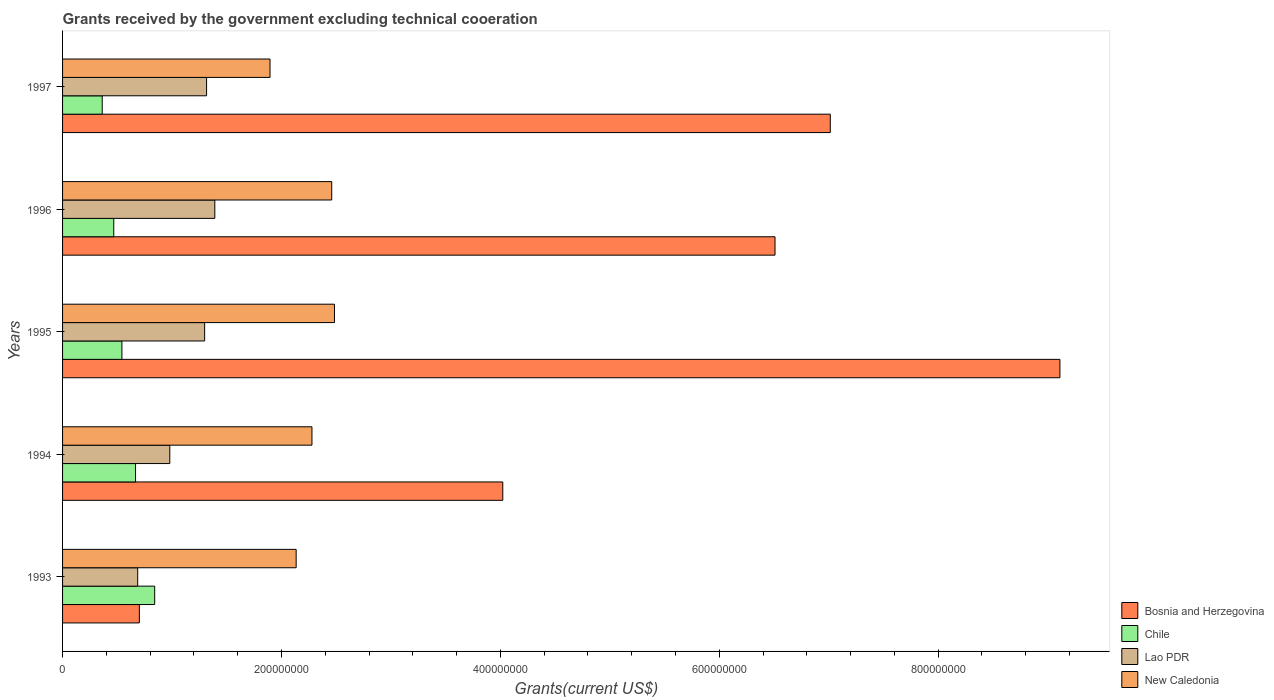
| Years | Bosnia and Herzegovina | Chile | Lao PDR | New Caledonia |
 | --- | --- | --- | --- | --- |
 | 1993 | 7.02e+07 | 8.42e+07 | 6.86e+07 | 2.13e+08 |
 | 1994 | 4.02e+08 | 6.67e+07 | 9.8e+07 | 2.28e+08 |
 | 1995 | 9.11e+08 | 5.42e+07 | 1.3e+08 | 2.48e+08 |
 | 1996 | 6.51e+08 | 4.68e+07 | 1.39e+08 | 2.46e+08 |
 | 1997 | 7.01e+08 | 3.62e+07 | 1.32e+08 | 1.9e+08 |